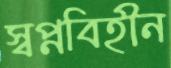
স্বপ্নবিহীন